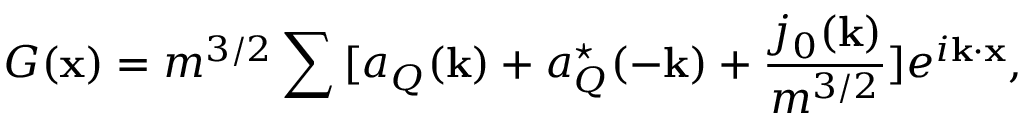
{ \cal G } ( { \bf x } ) = m ^ { 3 / 2 } \sum { } [ a _ { Q } ( { \bf k } ) + a _ { Q } ^ { \star } ( - { \bf k } ) + \frac { j _ { 0 } ( { \bf k } ) } { m ^ { 3 / 2 } } ] e ^ { i { \bf k \cdot x } } ,